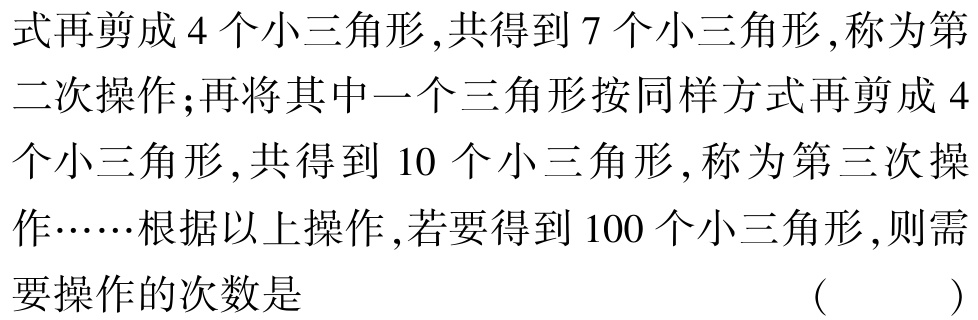
式再剪成 4 个小三角形,共得到 7 个小三角形,称为第二次操作;再将其中一个三角形按同样方式再剪成 4 个小三角形,共得到 10 个小三角形,称为第三次操作……根据以上操作,若要得到 100 个小三角形,则需要操作的次数是 （  ）